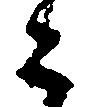
々